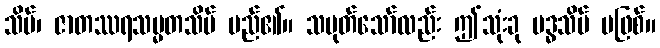
သိမ်၊ ဇာတဿရသမ္မတသိမ် မည်၏။ သမုတ်သော်လည်း ဤသုံးခု ဗဒ္ဓသိမ် မဖြစ်။